Civil Veterinary Dept. Bombay admin report 1907-1913 - 1907-1913
Year: 1907
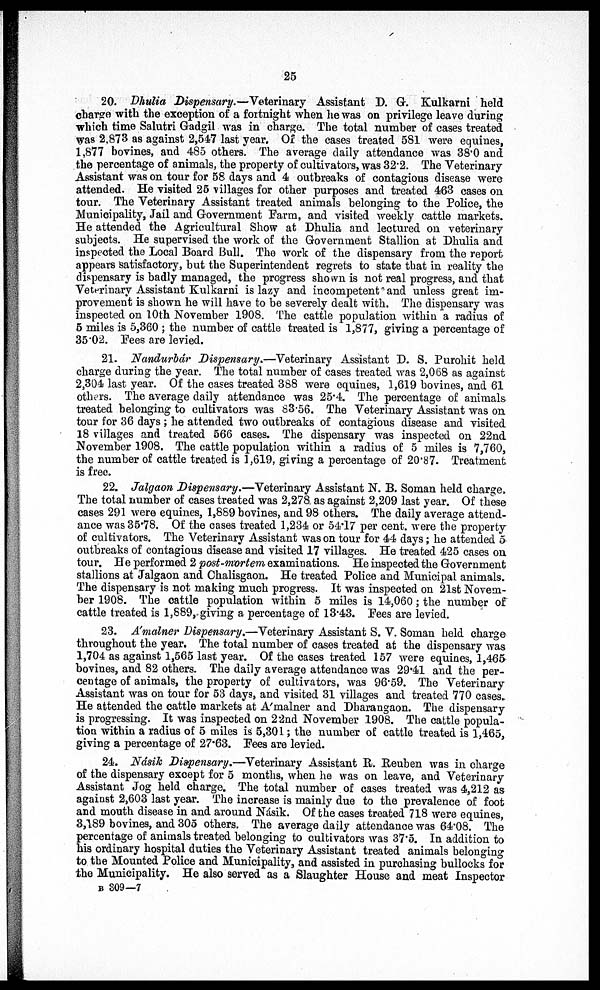
25
20. Dhulia Dispensary.—Veterinary Assistant D. G. Kulkarni held
charge with the exception of a fortnight when he was on privilege leave during
which time Salutri Gadgil was in charge. The total number of cases treated
was 2,873 as against 2,547 last year. Of the cases treated 581 were equines,
1,877 bovines, and 485 others. The average daily attendance was 38.0 and
the percentage of animals, the property of cultivators, was 32.2. The Veterinary
Assistant was on tour for 58 days and 4 outbreaks of contagious disease were
attended. He visited 25 villages for other purposes and treated 463 cases on
tour. The Veterinary Assistant treated animals belonging to the Police, the
Municipality, Jail and Government Farm, and visited weekly cattle markets.
He attended the Agricultural Show at Dhulia and lectured on veterinary
subjects. He supervised the work of the Government Stallion at Dhulia and
inspected the Local Board Bull. The work of the dispensary from the report
appears satisfactory, but the Superintendent regrets to state that in reality the
dispensary is badly managed, the progress shown is not real progress, and that
Veterinary Assistant Kulkarni is lazy and incompetent and unless great im-
provement is shown he will have to be severely dealt with. The dispensary was
inspected on 10th November 1908. The cattle population within a radius of
5 miles is 5,360 ; the number of cattle treated is 1,877, giving a percentage of
35*02. Fees are levied.
21. Nandurbár Dispensary.—Veterinary Assistant D. S. Purohit held
charge during the year. The total number of cases treated was 2,068 as against
2,304 last year. Of the cases treated 388 were equines, 1,619 bovines, and 61
others. The average daily attendance was 25.4. The percentage of animals
treated belonging to cultivators was 83.56. The Veterinary Assistant was on.
tour for 36 days ; he attended two outbreaks of contagious disease and visited
18 villages and treated 566 cases. The dispensary was inspected on 22nd
November 1908. The cattle population within a radius of 5 miles is 7,760,
the number of cattle treated is 1,619, giving a percentage of 20.87. Treatment
is free.
22. Jalgaon Dispensary.—Veterinary Assistant N. B. Soman held charge.
The total number of cases treated was 2,278 as against 2,209 last year. Of these
cases 291 were equines, 1,889 bovines, and 98 others. The daily average attend-
ance was 35.78. Of the cases treated 1,234 or 54.17 per cent. were the property
of cultivators. The Veterinary Assistant was on tour for 44 days; he attended 5
outbreaks of contagious disease and visited 17 villages. He treated 425 cases on
tour. He performed 2 post-mortem examinations. He inspected the Government
stallions at Jalgaon and Chalisgaon. He treated Police and Municipal animals.
The dispensary is not making much progress. It was inspected on 21st Novem-
ber 1908. The cattle population within 5 miles is 14,060; the number of
cattle treated is 1,889, giving a percentage of 13.43. Fees are levied.
23. A'malner Dispensary.—Veterinary Assistant S. V. Soman held charge
throughout the year. The total number of cases treated at the dispensary was
1,704 as against 1,565 last year. Of the cases treated 157 were equines, 1,465
bovines, and 82 others. The daily average attendance was 29.41 and the per-
centage of animals, the property of cultivators, was 96.59. The Veterinary
Assistant was on tour for 53 days, and visited 31 villages and treated 770 cases.
He attended the cattle markets at A'malner and Dharangaon. The dispensary
is progressing. It was inspected on 22nd November 1908. The cattle popula-
tion within a radius of 5 miles is 5,301; the number of cattle treated is 1,465,
giving a percentage of 27.63. Fees are levied.
24. Násik Dispensary.—Veterinary Assistant B. Reuben was in charge
of the dispensary except for 5 months, when he was on leave, and Veterinary
Assistant Jog held charge. The total number of cases treated was 4,212 as
against 2,603 last year. The increase is mainly due to the prevalence of foot
and mouth disease in and around Násik. Of the cases treated 718 were equines,
3,189 bovines, and 305 others. The average daily attendance was 64.08. The
percentage of animals treated belonging to cultivators was 37.5. In addition to
his ordinary hospital duties the Veterinary Assistant treated animals belonging
to the Mounted Police and Municipality, and assisted in purchasing bullocks for
the Municipality. He also served as a Slaughter House and meat Inspector
B 309—7